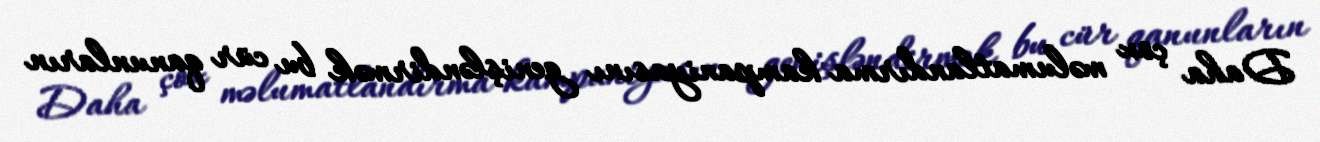
Daha çox məlumatlandırma kampaniyasını genişləndirmək bu cür qanunların